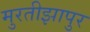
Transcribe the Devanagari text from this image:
मुरतीझापुर